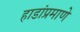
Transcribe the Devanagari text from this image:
हाडांप्रमाणे